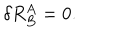
\delta R _ { B } ^ { A } = 0 .